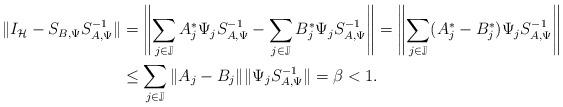
LaTeX: \begin{align*}\|I_\mathcal{H}-S_{B,\Psi}S_{A,\Psi}^{-1}\|&=\left\|\sum_{j\in \mathbb{J}}A_j^*\Psi_j S_{A,\Psi}^{-1}-\sum_{j\in \mathbb{J}}B_j^*\Psi_j S_{A,\Psi}^{-1}\right\|=\left\|\sum_{j\in \mathbb{J}}(A_j^*-B_j^*)\Psi_j S_{A,\Psi}^{-1}\right\|\\&\leq \sum_{j\in \mathbb{J}}\|A_j-B_j\|\|\Psi_j S_{A,\Psi}^{-1}\| =\beta<1.\end{align*}